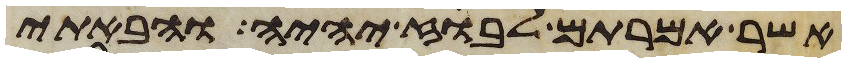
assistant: אשר אמרתם לבוז יהיה והבאתי